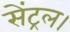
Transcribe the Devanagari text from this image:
सेंट्रल।